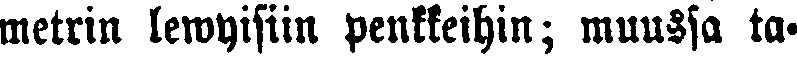
metrin lewyisiin penkkeihin; muussa ta-